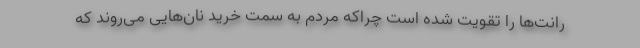
رانت‌ها را تقویت شده است چراکه مردم به سمت خرید نان‌هایی می‌روند که